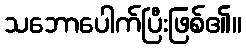
သဘောပေါက်ပြီးဖြစ်၏။